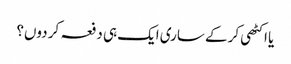
یا اکٹھی کر کے ساری ایک ہی دفعہ کر دوں؟